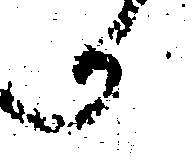
へ